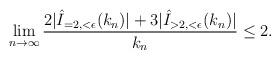
LaTeX: \begin{align*} \lim_{n\to \infty}\frac{ 2|\hat{I}_{=2,<\epsilon}(k_{n})|+3|\hat{I}_{>2,<\epsilon}(k_{n})|}{k_{n}}\leq 2.\end{align*}